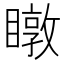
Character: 𥋆